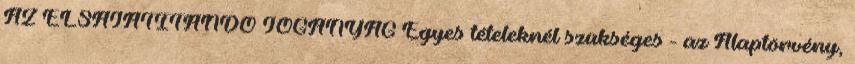
AZ ELSAJÁTÍTANDÓ JOGANYAG Egyes tételeknél szükséges - az Alaptörvény,